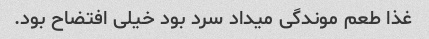
غذا طعم موندگی میداد سرد بود خیلی افتضاح بود.